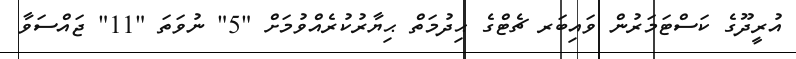
އުރީދޫގެ ކަސްޓަމަރުން ވައިބަރ ޗެޓްގެ ޙިދުމަތް ޙިޔާރުކުރެއްވުމަށް "5" ނުވަތަ "11" ޖައްސަވާ